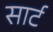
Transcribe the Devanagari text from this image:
सार्ट